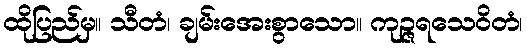
ထိုပြည်မှ။ သီတံ၊ ချမ်းအေးစွာသော။ ကုဉ္ဇရသေဝိတံ၊